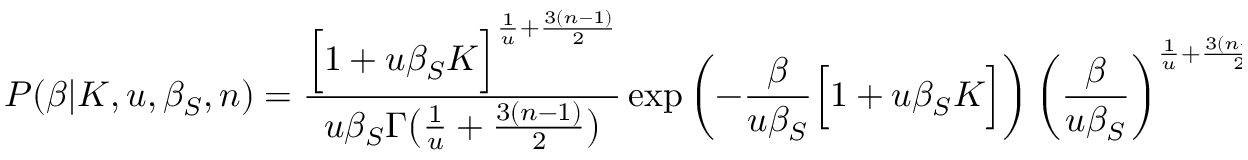
P ( \beta | K , u , \beta _ { S } , n ) = \frac { \Big [ 1 + u \beta _ { S } K \Big ] ^ { \frac { 1 } { u } + \frac { 3 ( n - 1 ) } { 2 } } } { u \beta _ { S } \Gamma \big ( \frac { 1 } { u } + \frac { 3 ( n - 1 ) } { 2 } \big ) } \exp \left( - \frac { \beta } { u \beta _ { S } } \Big [ 1 + u \beta _ { S } K \Big ] \right) \left( \frac { \beta } { u \beta _ { S } } \right) ^ { \frac { 1 } { u } + \frac { 3 ( n - 1 ) } { 2 } - 1 } ,